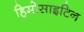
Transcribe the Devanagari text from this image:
हिमोसाइटिन